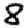
Digit: 8